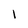
Character: 1